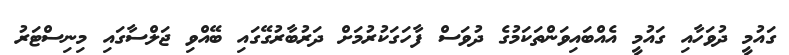
ގައުމީ ދުވަހާއި ގައުމީ އެއްބައިވަންތަކަމުގެ ދުވަސް ފާހަގަކުރުމަށް ދަރުބާރުގޭގައި ބޭއްވި ޖަލްސާގައި މިނިސްޓަރު